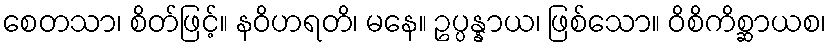
စေတသာ၊ စိတ်ဖြင့်။ နဝိဟရတိ၊ မနေ။ ဥပ္ပန္နာယ၊ ဖြစ်သော။ ဝိစိကိစ္ဆာယစ၊